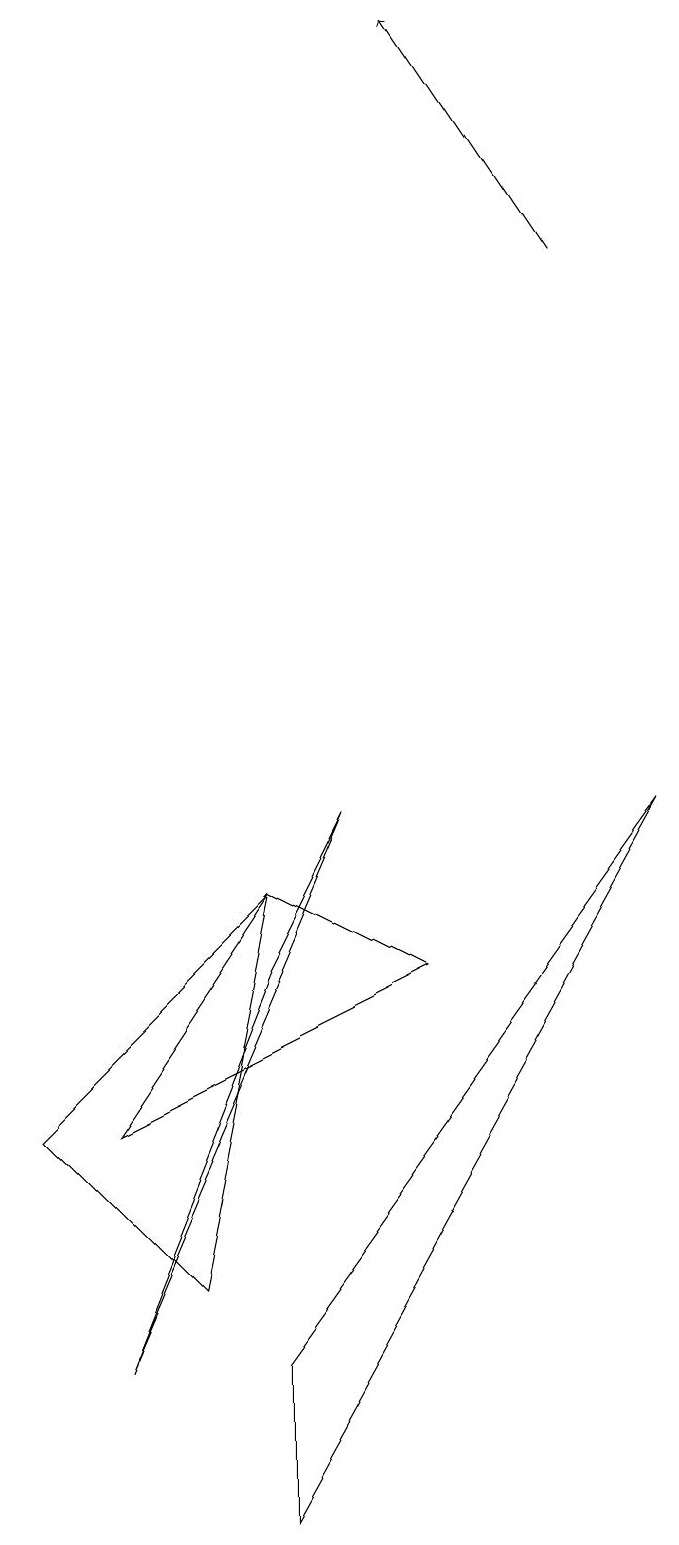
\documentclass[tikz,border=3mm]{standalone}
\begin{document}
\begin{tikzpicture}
\draw (8,9) -- (3,2) -- (3,0) -- cycle;
\draw[->] (7,16) -- (5,19);
\draw (1,2) -- (4,9) -- (3,7) -- cycle;
\draw (0,5) -- (2,3) -- (3,8) -- cycle;
\draw (3,8) -- (1,5) -- (5,7) -- cycle;
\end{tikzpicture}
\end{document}